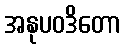
အနုပဝဒိတော